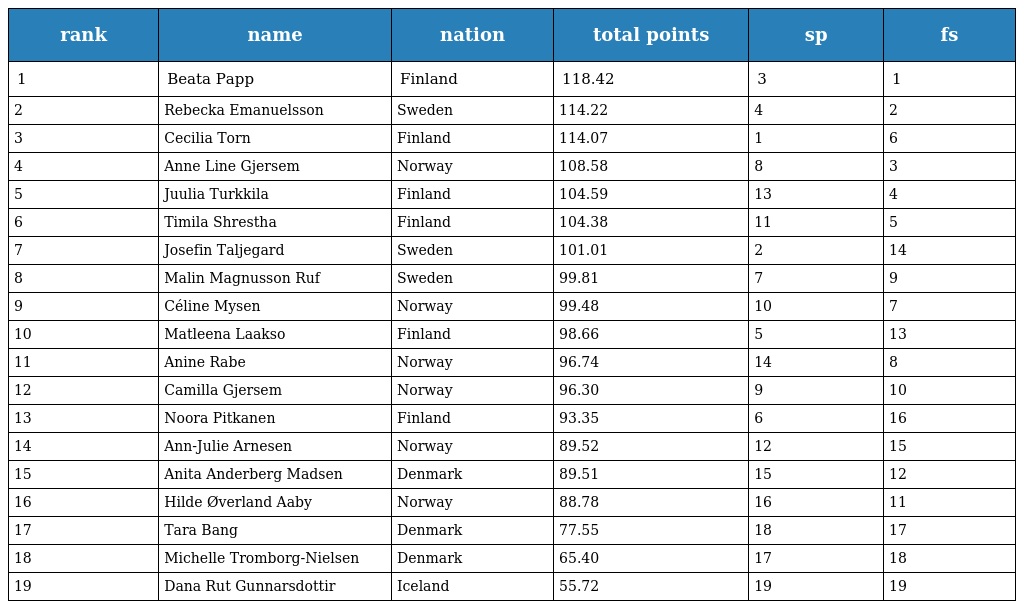
| rank | name | nation | total points | sp | fs |
 | --- | --- | --- | --- | --- | --- |
 | 1 | Beata Papp | Finland | 118.42 | 3 | 1 |
 | 2 | Rebecka Emanuelsson | Sweden | 114.22 | 4 | 2 |
 | 3 | Cecilia Torn | Finland | 114.07 | 1 | 6 |
 | 4 | Anne Line Gjersem | Norway | 108.58 | 8 | 3 |
 | 5 | Juulia Turkkila | Finland | 104.59 | 13 | 4 |
 | 6 | Timila Shrestha | Finland | 104.38 | 11 | 5 |
 | 7 | Josefin Taljegard | Sweden | 101.01 | 2 | 14 |
 | 8 | Malin Magnusson Ruf | Sweden | 99.81 | 7 | 9 |
 | 9 | Céline Mysen | Norway | 99.48 | 10 | 7 |
 | 10 | Matleena Laakso | Finland | 98.66 | 5 | 13 |
 | 11 | Anine Rabe | Norway | 96.74 | 14 | 8 |
 | 12 | Camilla Gjersem | Norway | 96.30 | 9 | 10 |
 | 13 | Noora Pitkanen | Finland | 93.35 | 6 | 16 |
 | 14 | Ann-Julie Arnesen | Norway | 89.52 | 12 | 15 |
 | 15 | Anita Anderberg Madsen | Denmark | 89.51 | 15 | 12 |
 | 16 | Hilde Øverland Aaby | Norway | 88.78 | 16 | 11 |
 | 17 | Tara Bang | Denmark | 77.55 | 18 | 17 |
 | 18 | Michelle Tromborg-Nielsen | Denmark | 65.40 | 17 | 18 |
 | 19 | Dana Rut Gunnarsdottir | Iceland | 55.72 | 19 | 19 |